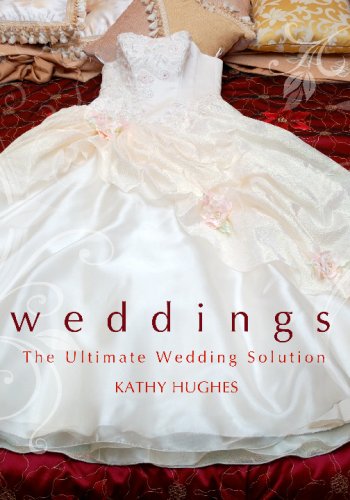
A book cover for The Ultimate Wedding Solution: Plan Your Wedding Like A Professional; Kathy Hughes; Crafts, Hobbies & Home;